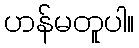
ဟန်မတူပါ။